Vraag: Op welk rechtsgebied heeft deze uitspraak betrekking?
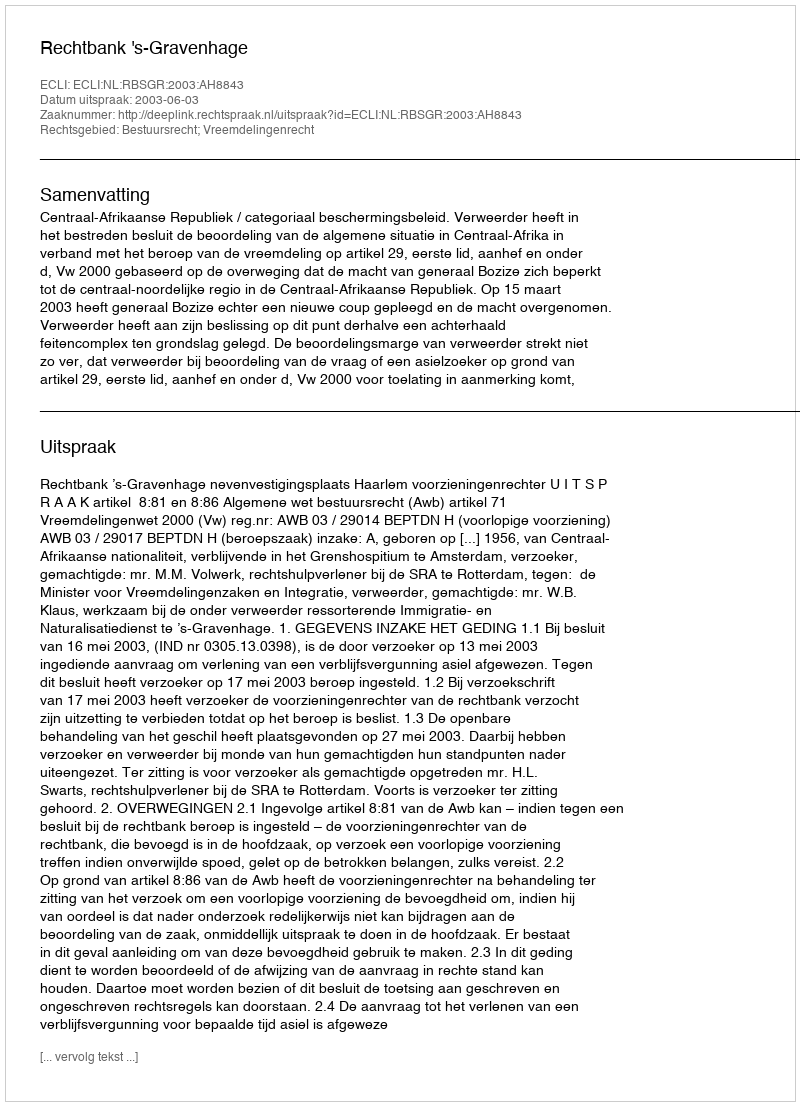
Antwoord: Bestuursrecht; Vreemdelingenrecht